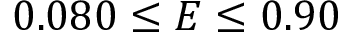
0 . 0 8 0 \leq E \leq 0 . 9 0